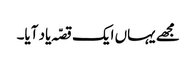
مجھے یہاں ایک قصّہ یاد آیا۔